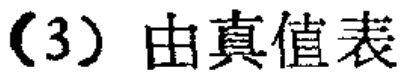
（3）由真值表